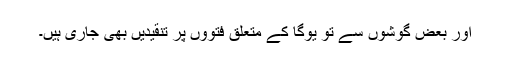
اور بعض گوشوں سے تو یوگا کے متعلق فتووں پر تنقیدیں بھی جاری ہیں۔